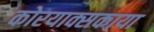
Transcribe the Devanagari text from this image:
कोरयाक्सकाया